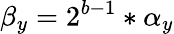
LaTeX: \beta_{y}=2^{b-1}*\alpha_{y}